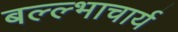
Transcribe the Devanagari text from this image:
बल्ल्भाचार्य